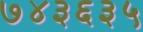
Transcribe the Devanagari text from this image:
७४३६३५